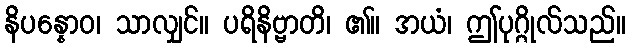
နိပန္နောဝ၊ သာလျှင်။ ပရိနိဗ္ဗာတိ၊ ၏။ အယံ၊ ဤပုဂ္ဂိုလ်သည်။